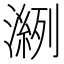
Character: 𰝎